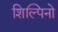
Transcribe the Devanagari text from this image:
शिल्पिनो